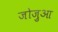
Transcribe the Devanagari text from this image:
जोज़ुआ